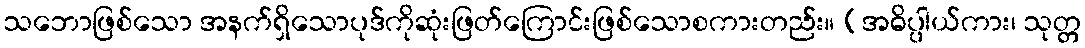
သဘောဖြစ်သော အနက်ရှိသောပုဒ်ကိုဆုံးဖြတ်ကြောင်းဖြစ်သောစကားတည်း။ (အဓိပ္ပါယ်ကား၊ သုတ္တ